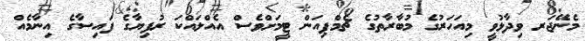
މެނޭޖަރ ވިދާޅުވީ މިއަހަރުގެ މުބާރާތުގެ ޗެމްޕިއަން ޓީމަށްވެސް އެއްލައްކަ ރުފިޔާގެ ފައިސާގެ އިނާމެއް